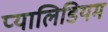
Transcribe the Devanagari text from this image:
प्यालिडियम